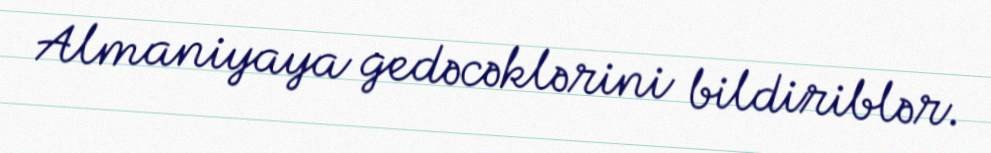
Almaniyaya gedəcəklərini bildiriblər.